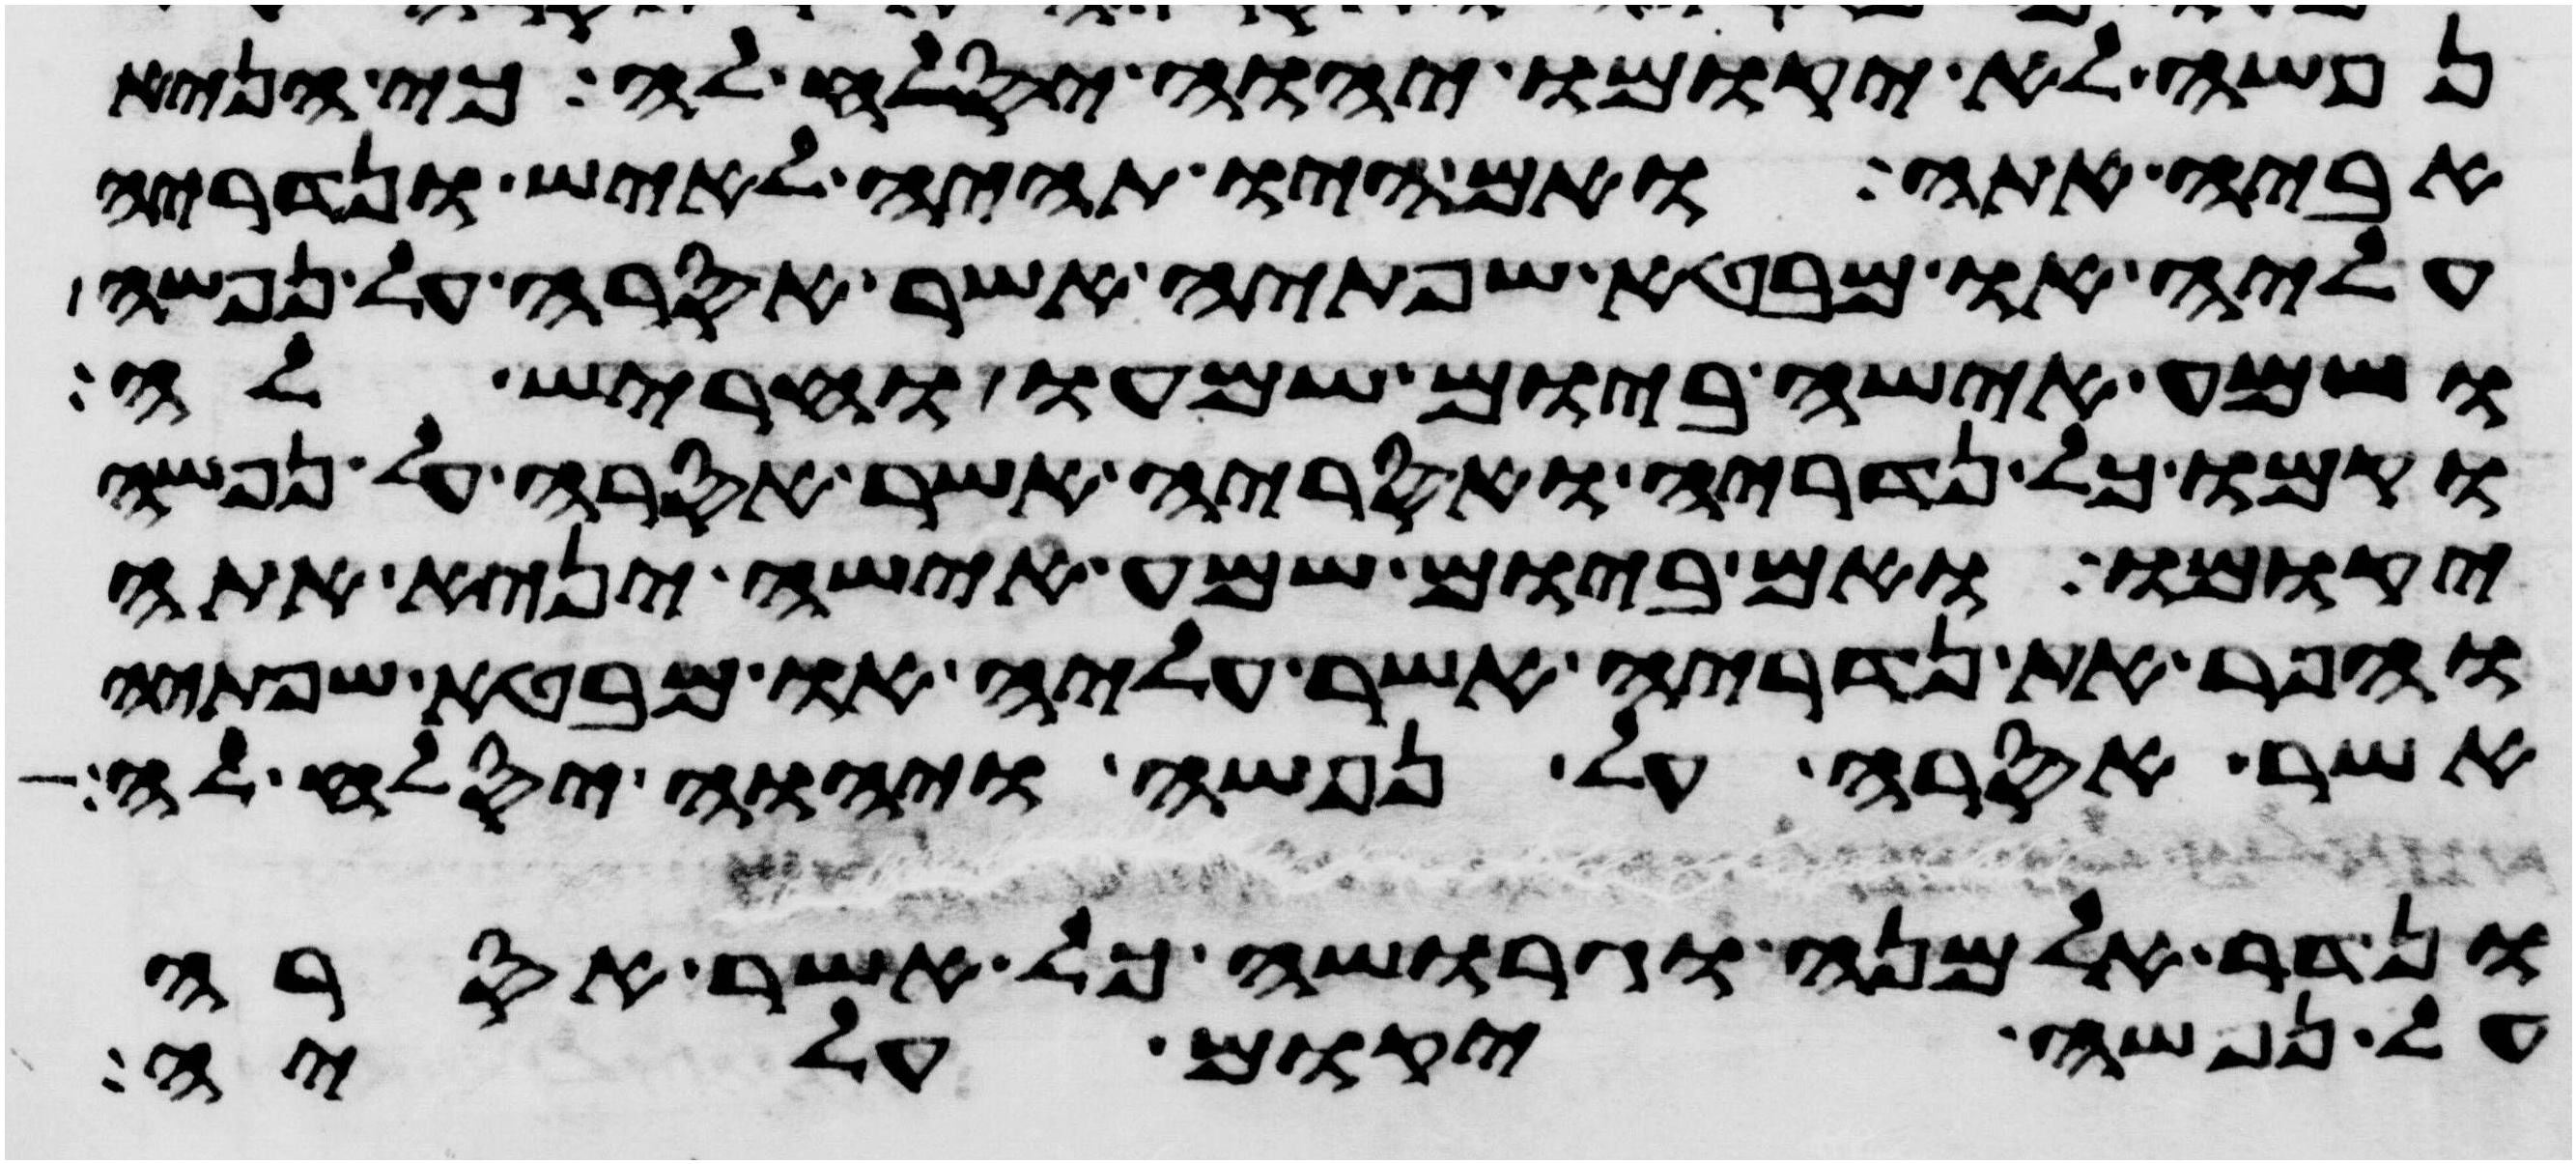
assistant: נפשה לא יקומו ויהוה יסלח לה כי הניא
אביה אתה ואם היו תהיה לאיש ונדריה
עליה או מבטא שפתיה אשר אסרה על נפשה
ושמע אישה ביום שמעו וחריש לה
וקמו כל נדריה ואסריה אשר אסרה על נפשה
יקומו ואם ביום שמע אישה יניא אתה
והפר את נדריה אשר עליה או מבטא שפתיה
אשר אסרה על נפשה ויהוה יסלח לה
ונדר אלמנה וגרושה כל אשר אסרה
על נפשה יקום עליה